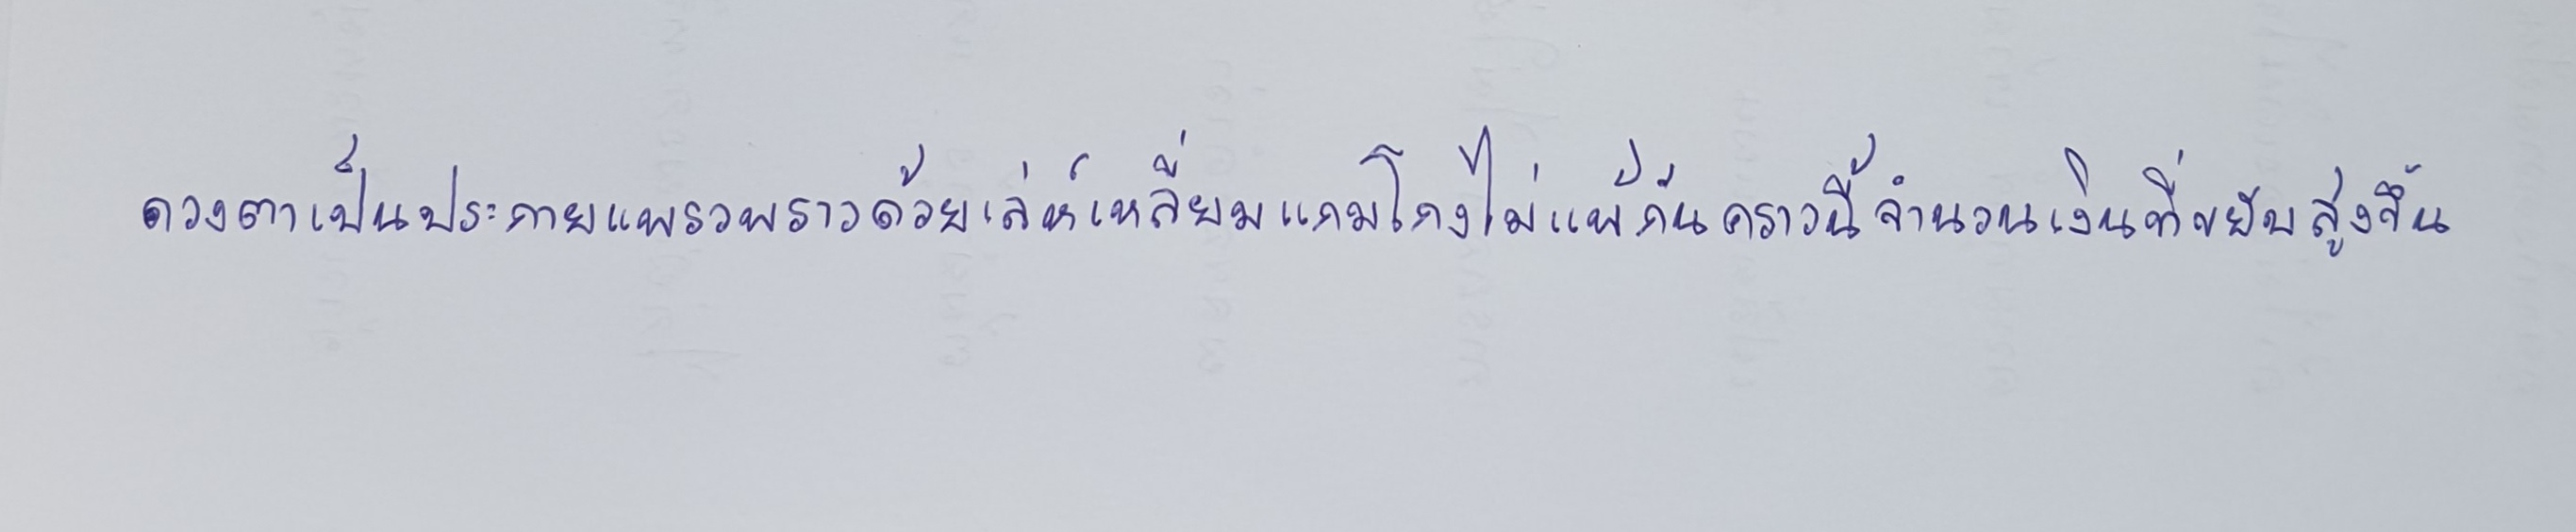
ดวงตาเป็นประกายแพรวพราวด้วยเล่ห์เหลี่ยมแกมโกงไม่แพ้กันคราวนี้จำนวนเงินที่ขยับสูงขึ้น